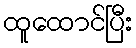
ထူထောင်ပြီး